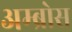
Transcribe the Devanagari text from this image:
अम्ब्रोस